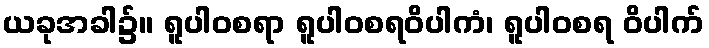
ယခုအခါ၌။ ရူပါဝစရာ ရူပါဝစရဝိပါကံ၊ ရူပါဝစရ ဝိပါက်